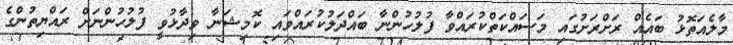
މާލެއަތޮޅު ބައެއް ރަށްރަށުގައި މަސައްކަތްކުރައްވާ ފުލުހުންނާ ބައްދަލުކުރައްވައި ކޮމިޝަނާ ވިދާޅުވީ ފުލުހުންނަށް ރައްޔިތުންގެ